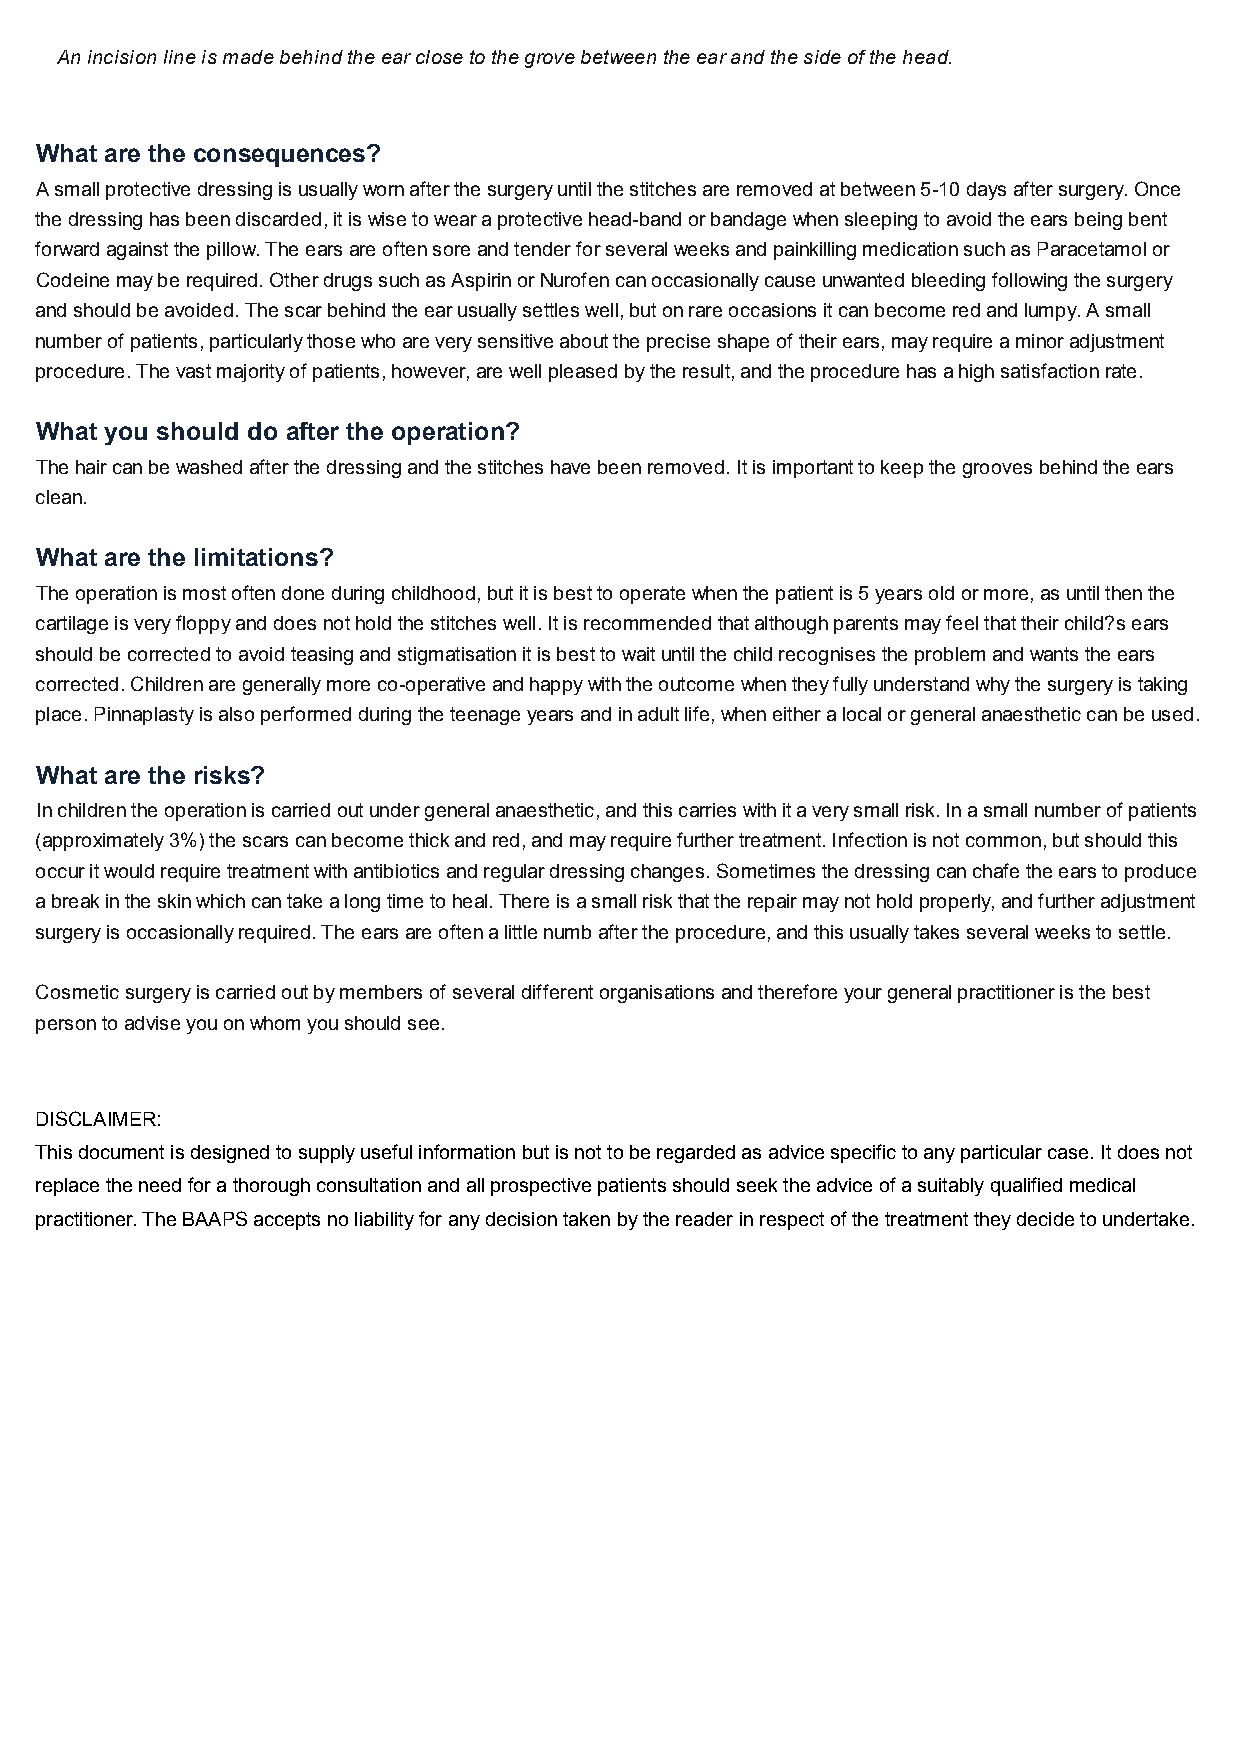
Anincisionlineismadebehindtheearclosetothegrovebetween theearandthesideofthehead.
 What are the consequences?
 Asmallprotectivedressingisusuallywornafterthesurgeryuntilthestitchesareremovedatbetween5-10daysaftersurgery.Once
 thedressinghasbeendiscarded,itiswisetowearaprotectivehead-bandorbandagewhensleepingtoavoidtheearsbeingbent
 forwardagainstthepillow.TheearsareoftensoreandtenderforseveralweeksandpainkillingmedicationsuchasParacetamolor
 Codeinemayberequired.OtherdrugssuchasAspirinorNurofencanoccasionallycauseunwantedbleedingfollowingthesurgery
 andshouldbeavoided.Thescarbehindtheearusuallysettleswell,butonrareoccasionsitcanbecomeredandlumpy.Asmall
 numberofpatients,particularlythosewhoareverysensitiveaboutthepreciseshapeoftheirears,mayrequireaminoradjustment
 procedure.Thevastmajorityofpatients,however,arewellpleasedbytheresult,andtheprocedurehasahighsatisfactionrate.
 What you should do after the operation?
 Thehaircanbewashedafterthedressingandthestitcheshavebeenremoved.Itisimportanttokeep thegroovesbehindtheears
 clean.
 What are the limitations?
 Theoperationismostoftendoneduringchildhood,butitisbesttooperatewhenthepatientis5yearsoldormore,asuntilthenthe
 cartilageisveryfloppyanddoes notholdthestitcheswell.Itisrecommended thatalthoughparentsmayfeelthattheirchild?sears
 shouldbecorrectedtoavoidteasingandstigmatisationitisbesttowaituntilthechildrecognisestheproblemandwantstheears
 corrected.Childrenaregenerallymoreco-operativeandhappywiththeoutcomewhentheyfullyunderstandwhythesurgeryistaking
 place.Pinnaplastyisalsoperformedduringtheteenageyearsandinadultlife,wheneitheralocalorgeneralanaestheticcanbeused.
 What are the risks?
 Inchildrentheoperationiscarriedoutundergeneralanaesthetic,andthiscarrieswithitaverysmallrisk.Inasmallnumberofpatients
 (approximately3%)thescarscanbecomethickandred,andmayrequirefurthertreatment.Infectionisnotcommon,butshouldthis
 occuritwouldrequiretreatmentwithantibioticsandregulardressingchanges.Sometimesthedressingcanchafetheearstoproduce
 abreakintheskinwhichcantakealongtimetoheal.Thereisasmallriskthattherepairmaynotholdproperly,andfurtheradjustment
 surgeryisoccasionallyrequired.Theearsareoftenalittlenumbaftertheprocedure,andthisusuallytakesseveralweekstosettle.
 Cosmeticsurgeryiscarriedoutbymembersofseveraldifferentorganisationsandthereforeyourgeneralpractitioneristhebest
 persontoadviseyouonwhomyoushouldsee.
 DISCLAIMER:
 This document is designed to supply useful information but is not to be regarded as advice specific to any particular case. It does not
 replace the need for a thorough consultation and all prospective patients should seek the advice of a suitably qualified medical
 practitioner. The BAAPS accepts no liability for any decision taken by the reader in respect of the treatment they decide to undertake.